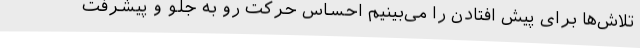
تلاش‌ها برای پیش افتادن را می‌بینیم احساس حرکت رو به جلو و پیشرفت